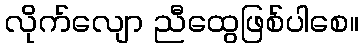
လိုက်လျော ညီထွေဖြစ်ပါစေ။